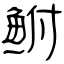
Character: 鲋